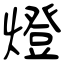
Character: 燈